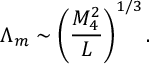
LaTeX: \Lambda _ { m } \sim \left( \frac { M _ { 4 } ^ { 2 } } { L } \right) ^ { 1 / 3 } .